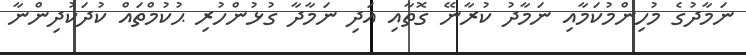
ނަމާދުގެ މުހިންމުކަމާއި ނަމާދު ކުރާނޭ ގޮތާއި އަދި ނަމާދާ ގުޅުންހުރި ޙުކުމްތައް ކުދަކުދިންނާ